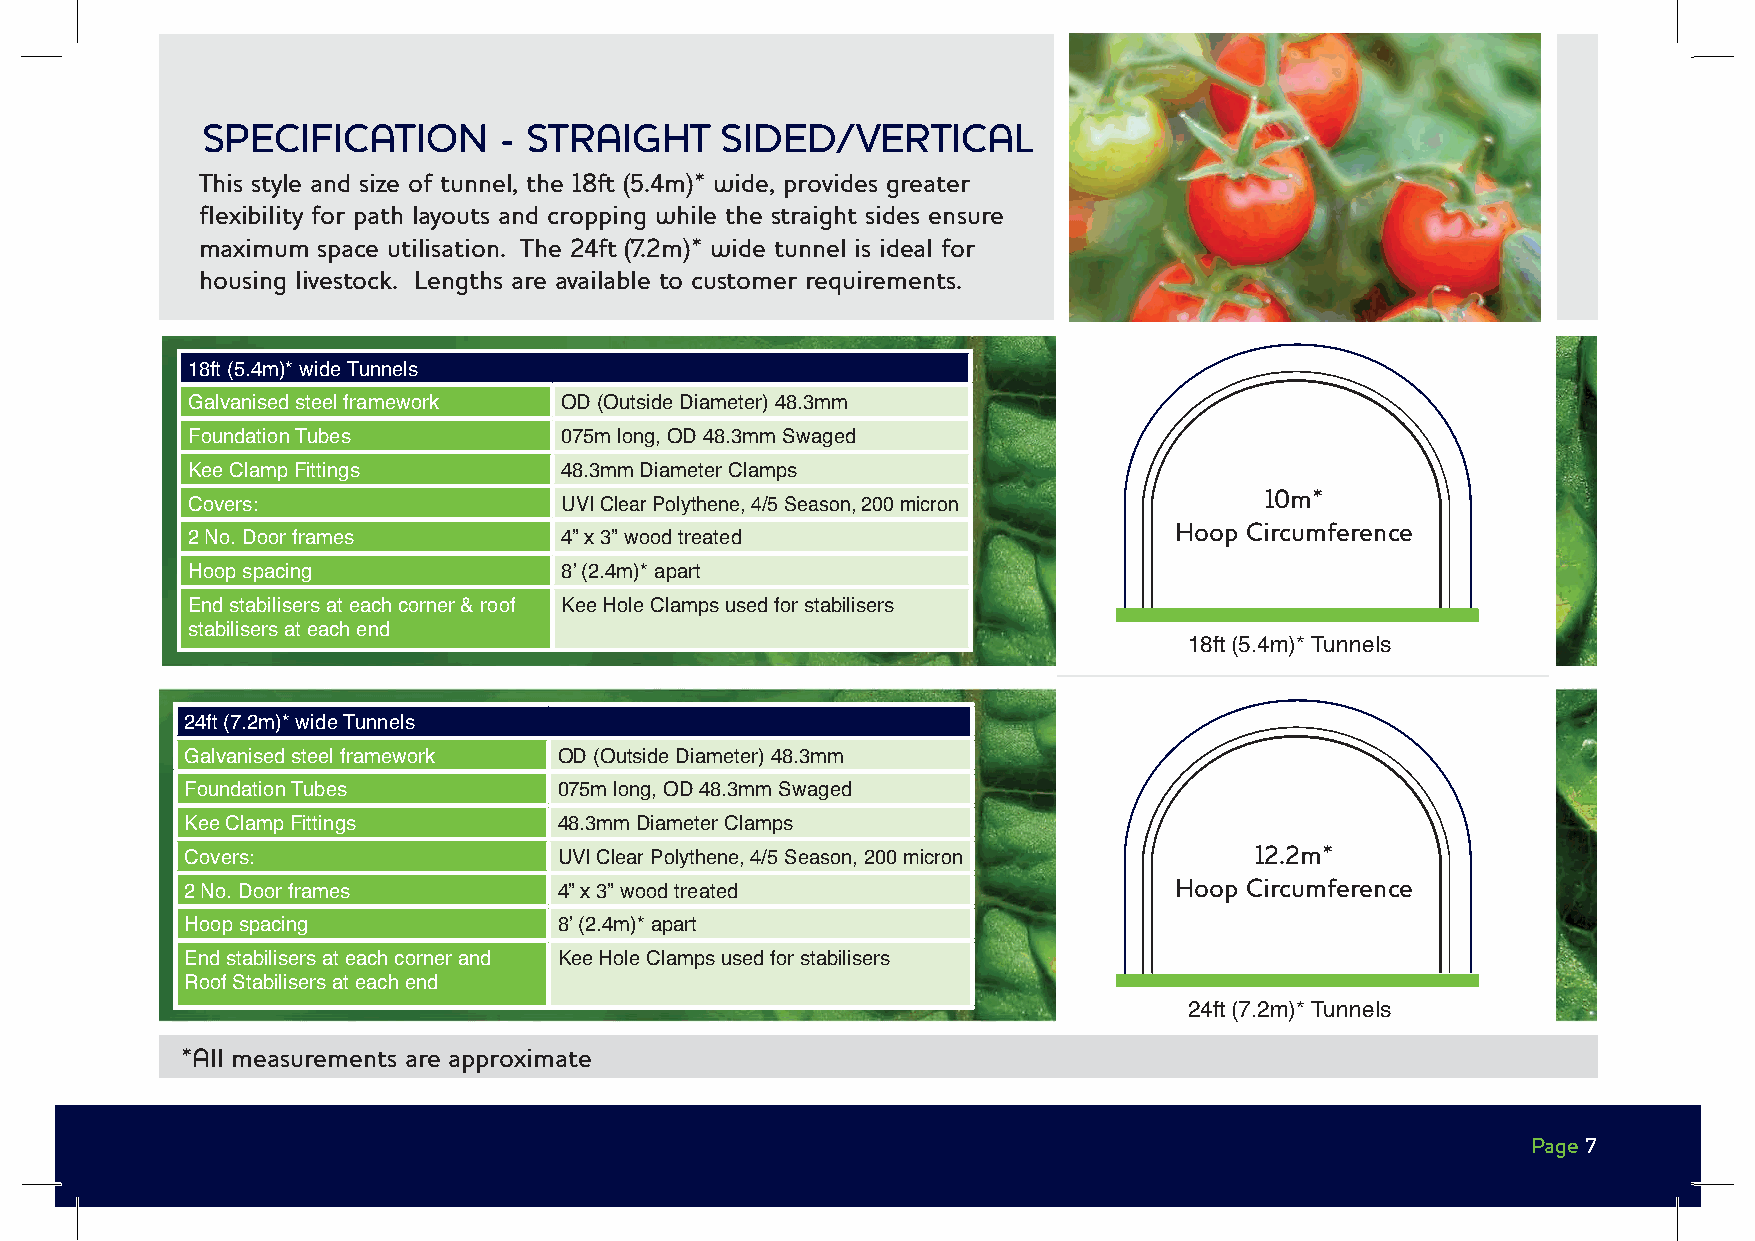
SPECIFICATION       - STRAIGHT     SIDED/VERTICAL
 This style and size of tunnel, the 18ft (5.4m)* wide, provides greater
 flexibility for path layouts and cropping while the straight sides ensure
 maximum space utilisation. The 24ft (7.2m)* wide tunnel is ideal for
 housing livestock. Lengths are available to customer requirements.
 18ft (5.4m)* wide Tunnels
 Galvanised steel framework OD (Outside Diameter) 48.3mm
 Foundation Tubes         075m long, OD 48.3mm Swaged
 Kee Clamp Fittings       48.3mm Diameter Clamps
 10m*
 Covers:                  UVI Clear Polythene, 4/5 Season, 200 micron
 Hoop Circumference
 2 No. Door frames        4” x 3” wood treated
 Hoop spacing             8ʼ (2.4m)* apart
 End stabilisers at each corner & roof Kee Hole Clamps used for stabilisers
 stabilisers at each end
 18ft (5.4m)* Tunnels
 24ft (7.2m)* wide Tunnels
 Galvanised steel framework OD (Outside Diameter) 48.3mm
 Foundation Tubes         075m long, OD 48.3mm Swaged
 Kee Clamp Fittings       48.3mm Diameter Clamps
 Covers:                  UVI Clear Polythene, 4/5 Season, 200 micron   12.2m*
 2 No. Door frames        4” x 3” wood treated                     Hoop Circumference
 Hoop spacing             8ʼ (2.4m)* apart
 End stabilisers at each corner and Kee Hole Clamps used for stabilisers
 Roof Stabilisers at each end
 24ft (7.2m)* Tunnels
 *All measurements are approximate
 Page 7